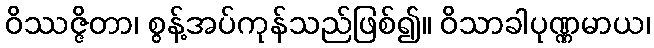
ဝိဿဇ္ဇိတာ၊ စွန့်အပ်ကုန်သည်ဖြစ်၍။ ဝိသာခါပုဏ္ဏမာယ၊